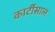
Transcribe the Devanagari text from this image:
कार्टीसाल